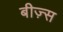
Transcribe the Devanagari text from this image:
बीज़्स